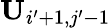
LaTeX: \mathbf{U}_{i^{\prime}+1,j^{\prime}-1}